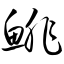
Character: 鲱